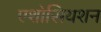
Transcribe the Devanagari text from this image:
एशोसियशन